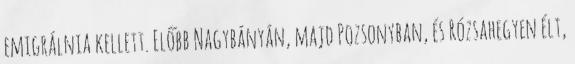
emigrálnia kellett. Előbb Nagybányán, majd Pozsonyban, és Rózsahegyen élt,